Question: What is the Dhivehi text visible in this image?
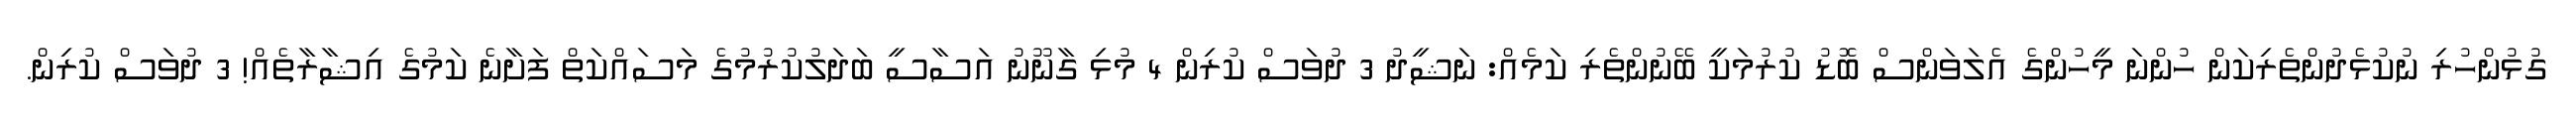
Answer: ގުޅުންހުރި ނުކުޅެދުންތެރިކަން ހުންނަ މީހުންގެ އެލަވަންސް ބޮޑު ކުރުމަކީ ބޭނުންތެރި ކަމެއް: ނަޝީދު 3 ދުވަސް ކުރިން 4 މުޅި ގާނޫނު އަސާސީ ބަދަލުކުރުމުގެ މަސައްކަތް ފަށާނެ ކަމުގެ އިޝާރާތެއް! 3 ދުވަސް ކުރިން.